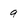
Character: 9